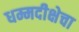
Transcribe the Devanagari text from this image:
धम्मदीक्षेचा